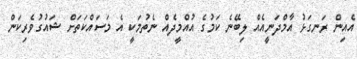
އެއިން ރަނގަޅު އާމްދަނީއެއް ލިބޭނެ ކަމުގެ އުއްމީދެއް ނެތުމަކީ އެ މަސައްކަތަށް ޝައުގުވެރިކަން